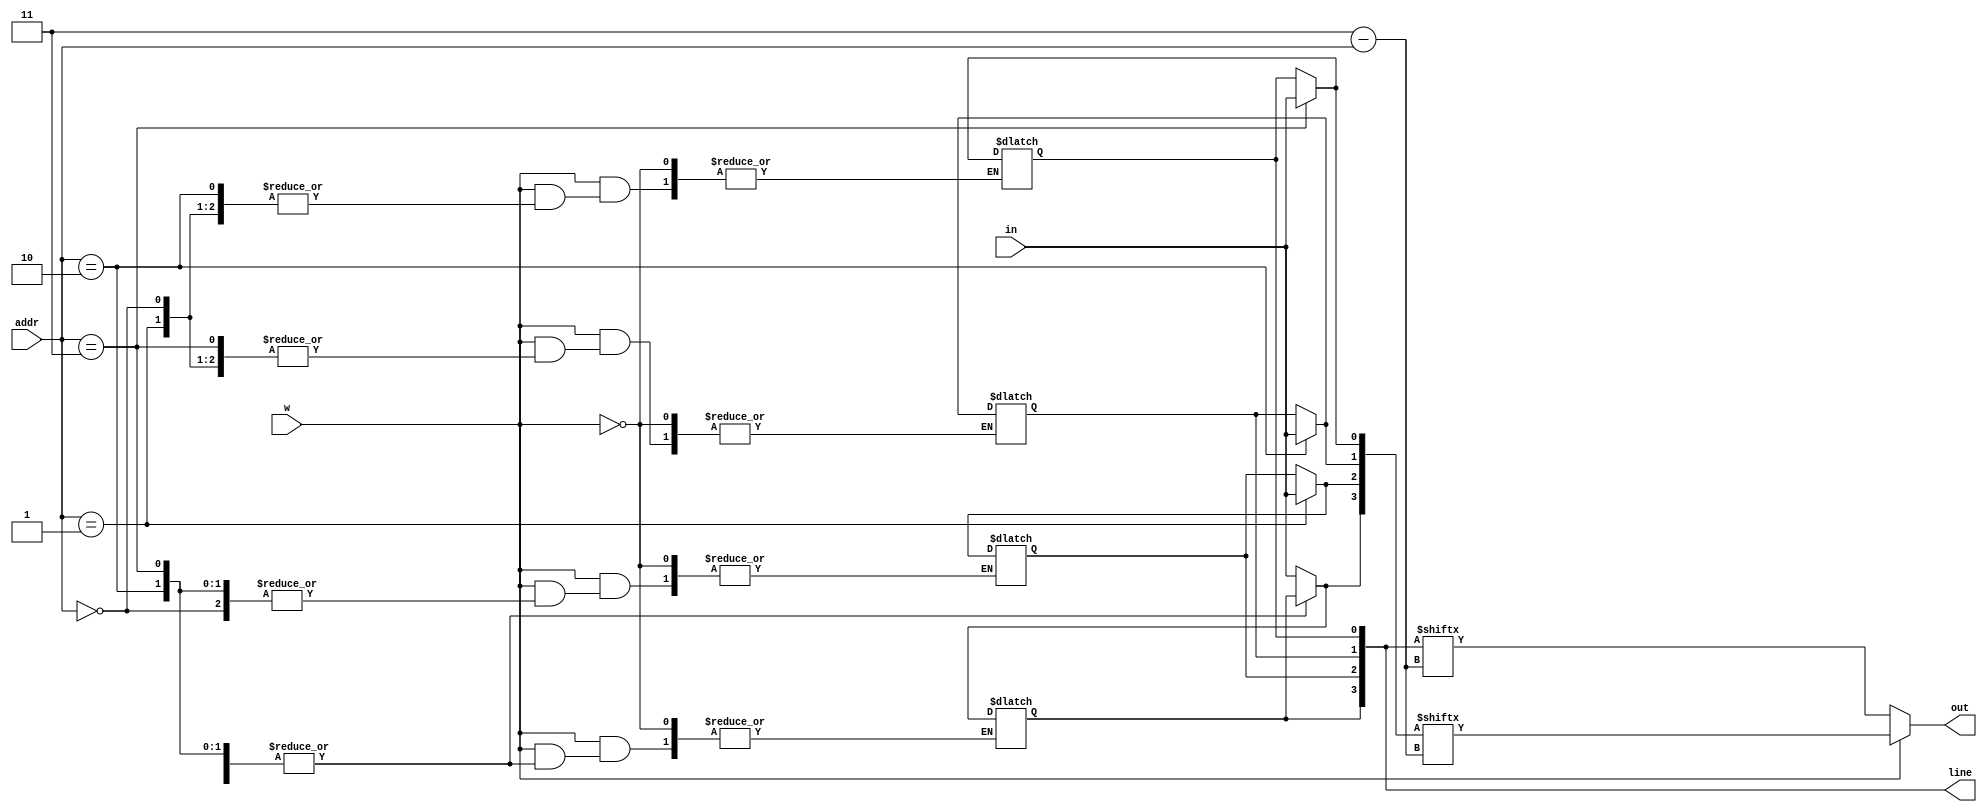
module pisosAn(
    input w,
    input [1:0] addr,
    input in,
    output reg [0:3] line,
    output reg out
    );
    always @(*) begin
        case(w)
            1'd1: 
            begin
            case(addr)
                2'd00: line[0] = in;
                2'd01: line[1] = in;
                2'd10: line[2] = in;
                2'd11: line[3] = in;
            endcase
            out = line[addr];
            end
            default: out = line[addr];
        endcase
    end
    
    
    
endmodule